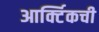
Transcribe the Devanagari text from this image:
आर्क्टिकची